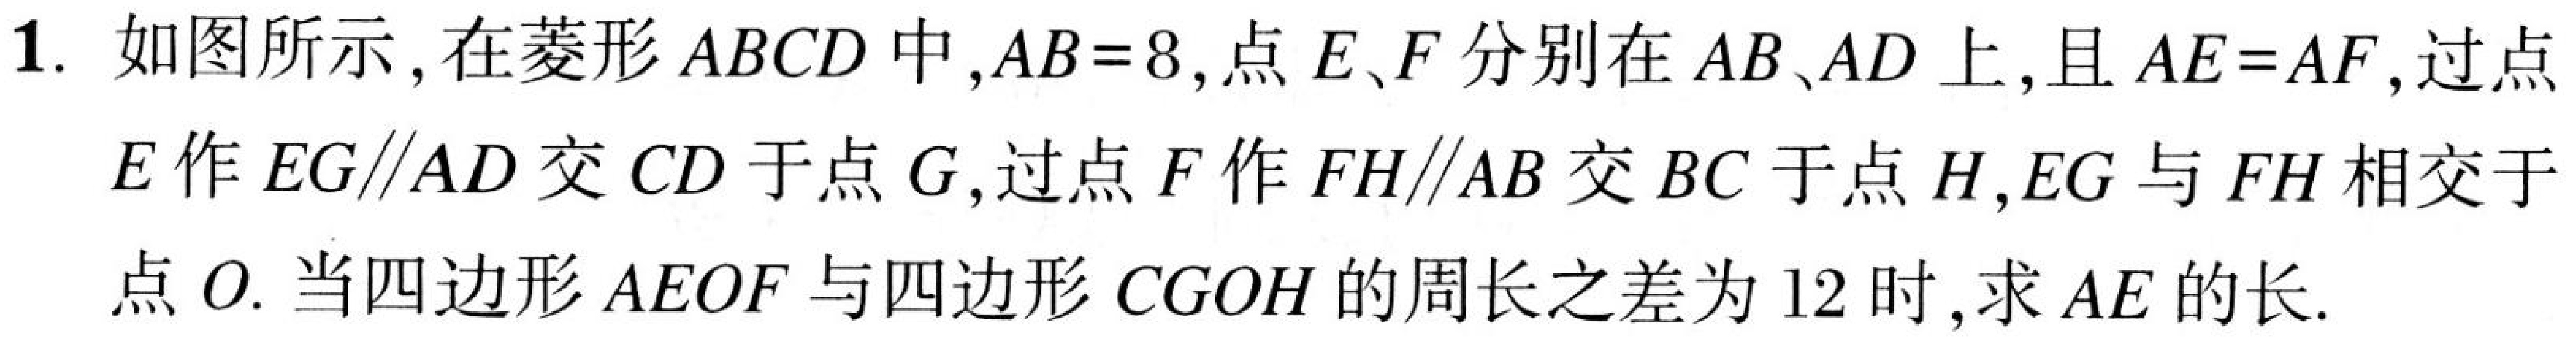
1. 如图所示,在菱形$ABCD$中,$AB = 8$,点$E、F$分别在$AB、AD$上,且$AE = AF$,过点
$E$作$EG\parallel AD$交$CD$于点$G$,过点$F$作$FH\parallel AB$交$BC$于点$H$,$EG$与$FH$相交于
点$O$. 当四边形$AEOF$与四边形$CGOH$的周长之差为$12$时,求$AE$的长.